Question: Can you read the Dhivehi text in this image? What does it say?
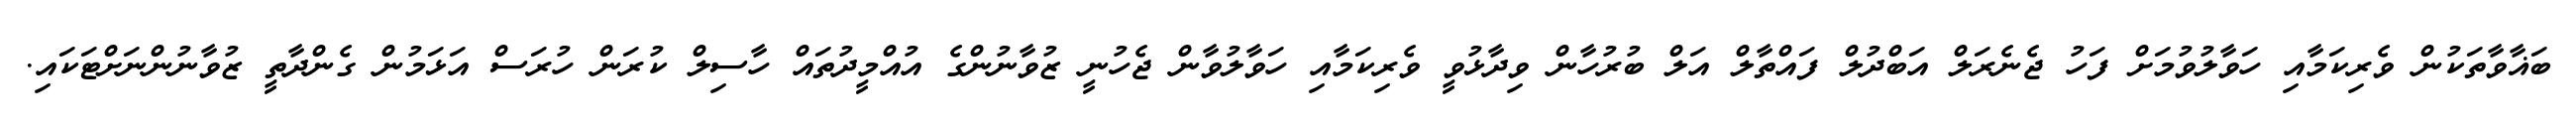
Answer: ބަޣާވާތަކުން ވެރިކަމާއި ހަވާލުވުމަށް ފަހު ޖެނެރަލް އަބްދުލް ފައްތާލް އަލް ބުރުހާން ވިދާޅުވީ ވެރިކަމާއި ހަވާލުވާން ޖެހުނީ ޒުވާނުންގެ އުއްމީދުތައް ހާސިލް ކުރަން ހުރަސް އަޅަމުން ގެންދާތީ ޒުވާނުންނަށްޓަކައި.